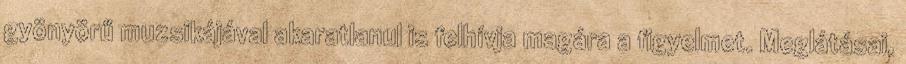
gyönyörű muzsikájával akaratlanul is felhívja magára a figyelmet. Meglátásai,